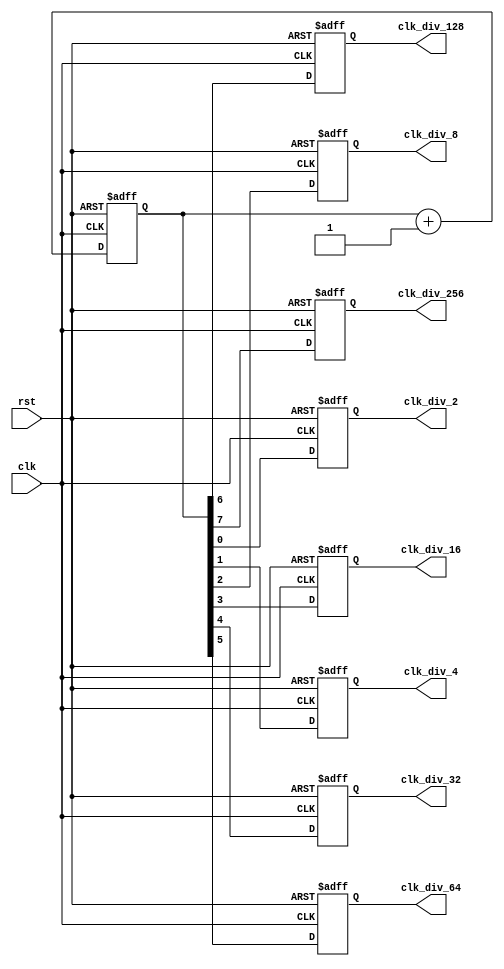
`timescale 1ns / 1ps
//////////////////////////////////////////////////////////////////////////////////
// Company: 
// Engineer: 
// 
// Design Name: 
// Module Name: clock_divider
// Project Name: 
// Target Devices: 
// Tool Versions: 
// Description: 
// 
// Dependencies: 
// 
// Revision:
// Revision 0.01 - File Created
// Additional Comments:
// 
//////////////////////////////////////////////////////////////////////////////////


module clock_divider(clk,rst,clk_div_2,clk_div_4,clk_div_8,
clk_div_16,clk_div_32,clk_div_64,clk_div_128,clk_div_256);

input clk,rst;
output reg clk_div_2,clk_div_4,clk_div_8,
clk_div_16,clk_div_32,clk_div_64,clk_div_128,clk_div_256;

reg [7:0]count;

always @(posedge clk, negedge rst)
begin
    if(!rst)
        begin
        count <= 8'b00000000;
        clk_div_2 <= 1'b0;
        clk_div_4 <= 1'b0;
        clk_div_8 <= 1'b0;
        clk_div_16 <= 1'b0;
        clk_div_32 <= 1'b0;
        clk_div_64 <= 1'b0;
        clk_div_128 <= 1'b0;
        clk_div_256 <= 1'b0;
        end
    else
        begin
        count <= count+1'b1;
        clk_div_2 <= count[0];
        clk_div_4 <= count[1];
        clk_div_8 <= count[2];
        clk_div_16 <= count[3];
        clk_div_32 <= count[4];
        clk_div_64 <= count[5];
        clk_div_128 <= count[6];
        clk_div_256 <= count[7];       
        end
 end           
endmodule